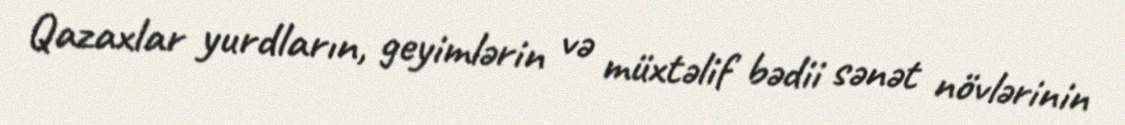
Qazaxlar yurdların, geyimlərin və müxtəlif bədii sənət növlərinin